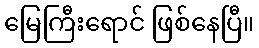
မြေကြီးရောင် ဖြစ်နေပြီ။